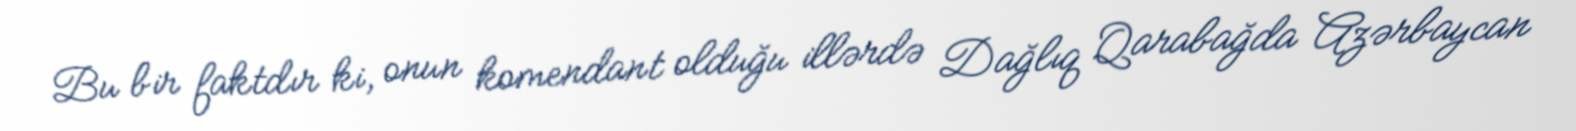
Bu bir faktdır ki, onun komendant olduğu illərdə Dağlıq Qarabağda Azərbaycan